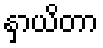
နှာယိတာ